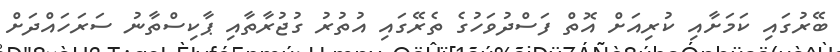
ބޭރުގައި ކަމަށާއި ކުރިއަށް އޮތް ފަސްދުވަހުގެ ތެރޭގައި އުތުރު ގުޖުރާތާއި ޕާކިސްތާނު ސަރަހައްދަށް